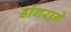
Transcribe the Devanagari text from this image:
डोंगराने